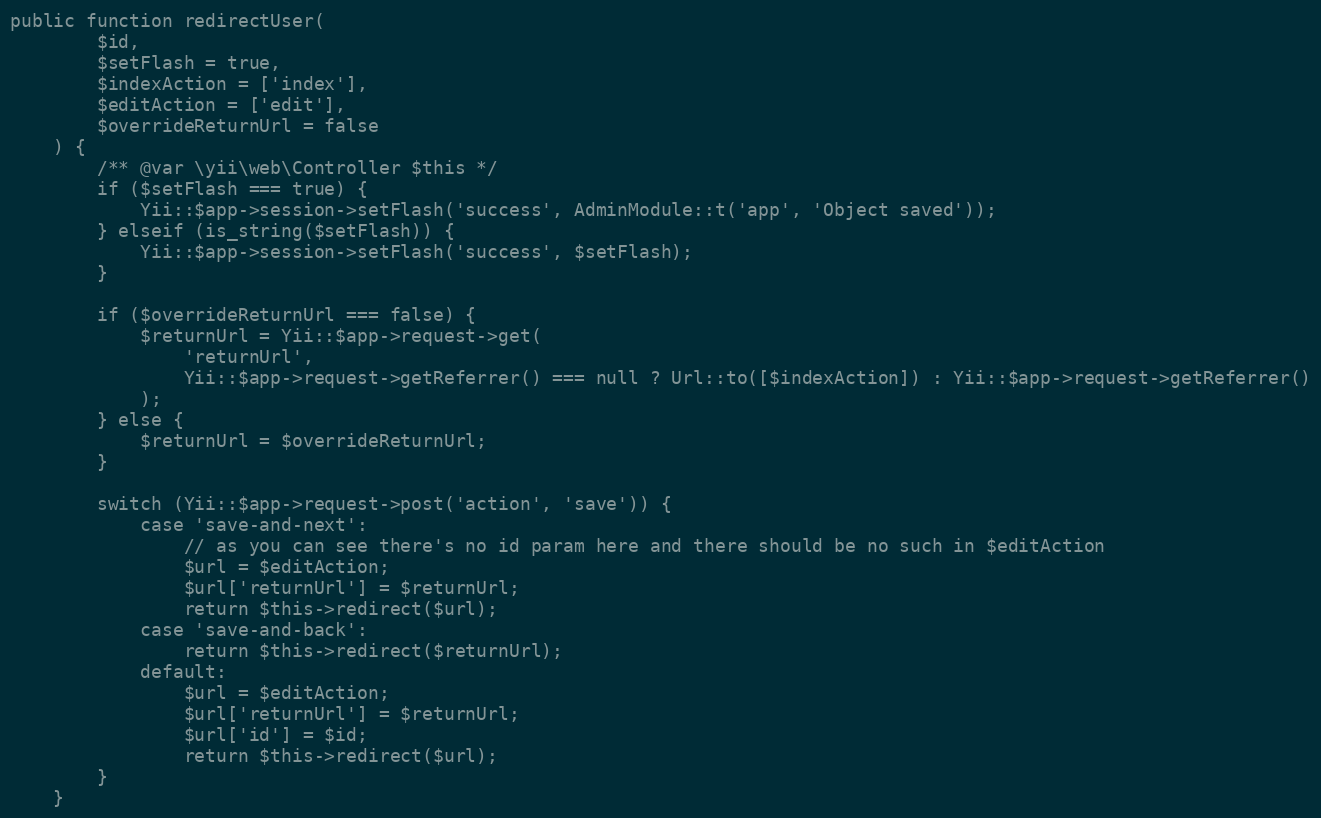
Language: PHP
public function redirectUser(
        $id,
        $setFlash = true,
        $indexAction = ['index'],
        $editAction = ['edit'],
        $overrideReturnUrl = false
    ) {
        /** @var \yii\web\Controller $this */
        if ($setFlash === true) {
            Yii::$app->session->setFlash('success', AdminModule::t('app', 'Object saved'));
        } elseif (is_string($setFlash)) {
            Yii::$app->session->setFlash('success', $setFlash);
        }

        if ($overrideReturnUrl === false) {
            $returnUrl = Yii::$app->request->get(
                'returnUrl',
                Yii::$app->request->getReferrer() === null ? Url::to([$indexAction]) : Yii::$app->request->getReferrer()
            );
        } else {
            $returnUrl = $overrideReturnUrl;
        }

        switch (Yii::$app->request->post('action', 'save')) {
            case 'save-and-next':
                // as you can see there's no id param here and there should be no such in $editAction
                $url = $editAction;
                $url['returnUrl'] = $returnUrl;
                return $this->redirect($url);
            case 'save-and-back':
                return $this->redirect($returnUrl);
            default:
                $url = $editAction;
                $url['returnUrl'] = $returnUrl;
                $url['id'] = $id;
                return $this->redirect($url);
        }
    }